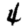
Digit: 4